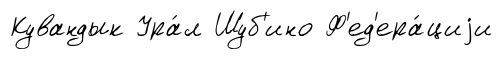
Кувандык Ура́л Шуб'ино Ф'ед'ера́циjи